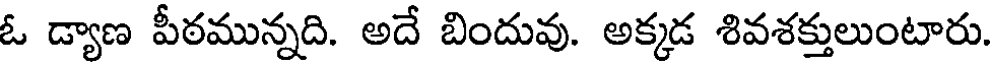
ఓ డ్యాణ పీఠమున్నది. అదే బిందువు. అక్కడ శివశక్తులుంటారు.